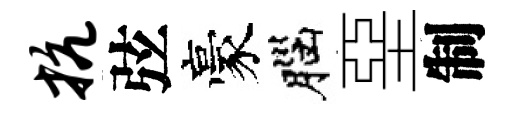
抗弦豪腦堊制